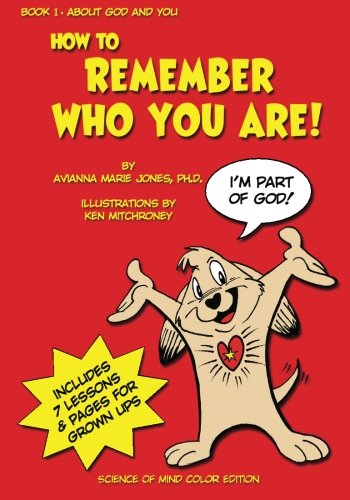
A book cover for How To Remember Who You Are!: Book One: About God and You. Science of Mind Color Edition (Volume 1); Avianna Marie Jones Ph.D.; Children's Books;